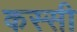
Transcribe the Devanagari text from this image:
कस्सी